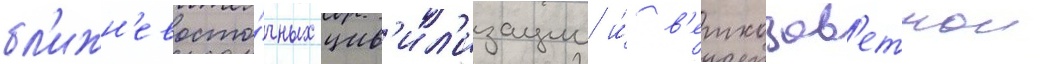
бл'ижн'евосто́чных цив'ил'изации и́ в'етхозав'етнои